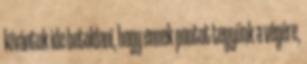
kívántuk ide betoldani, hogy ennek pontot tegyünk a végére,